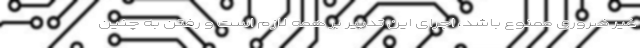
غیر ضروری ممنوع باشد، اجرای این تدبیر بر همه لازم است و رفتن به چنین